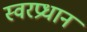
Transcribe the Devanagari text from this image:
स्वरप्रधान